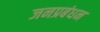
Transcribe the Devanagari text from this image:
जनप्रबंधन